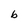
Character: b